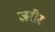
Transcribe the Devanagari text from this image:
जरौर